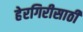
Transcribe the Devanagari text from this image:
हेरगिरीसाठी